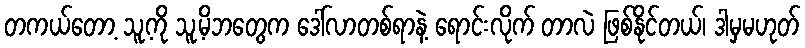
တကယ်တော့ သူ့ကို သူ့မိဘတွေက ဒေါ်လာတစ်ရာနဲ့ ရောင်းလိုက် တာလဲ ဖြစ်နိုင်တယ်၊ ဒါမှမဟုတ်